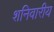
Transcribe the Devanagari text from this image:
शनिवारीय